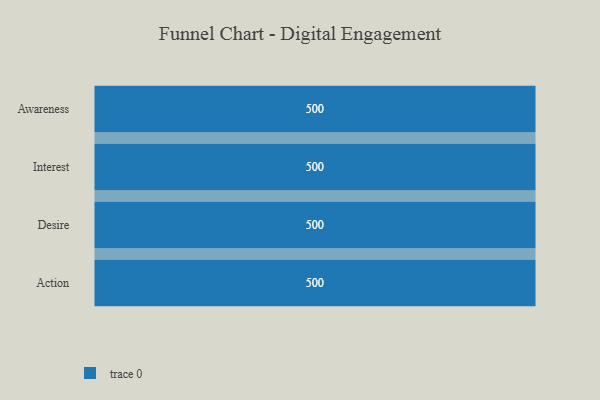
{"axis": {"x": "Stage", "y": "Value"}, "legend": [""], "data": [{"x": "Awareness", "y": 500, "type": ""}, {"x": "Interest", "y": 500, "type": ""}, {"x": "Desire", "y": 500, "type": ""}, {"x": "Action", "y": 500, "type": ""}]}